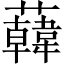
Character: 𧃙